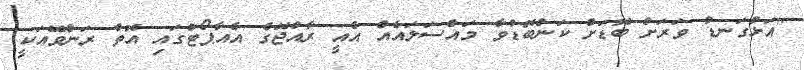
"އަޅުގަނޑު ވަރަށް ބޮޑަށް ކަންބޮޑުވާ މައްސަލައެއް އެއީ ރާއްޖޭގެ އެއާޕޯޓްގައި އޮތް ރަންވޭއަކީ.